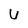
Character: U